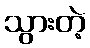
သွားတဲ့